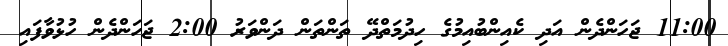
11:00 ޖަހަންދެން އަދި ކެއިންބުއިމުގެ ހިދުމަތްދޭ ތަންތަން ދަންވަރު 2:00 ޖަހަންދެން ހުޅުވާފައި